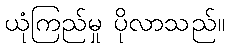
ယုံကြည်မှု ပိုလာသည်။